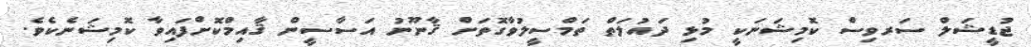
ޖުޑީޝަލް ސަރވިސް ކޮމިޝަނަކީ މުޅި ދައުލަތް ތަމްސީލުވާގޮތަށް ޤާނޫނު އަސާސީން ޤާއިމްކޮށްފައިވާ ކޮމިޝަނެކެވެ.